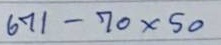
671 - 70 x 50